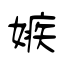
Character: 嫉